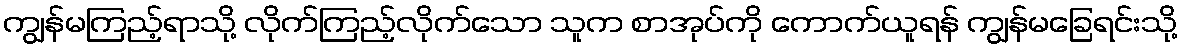
ကျွန်မကြည့်ရာသို့ လိုက်ကြည့်လိုက်သော သူက စာအုပ်ကို ကောက်ယူရန် ကျွန်မခြေရင်းသို့